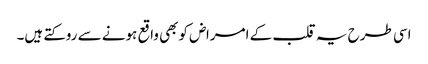
اسی طرح یہ قلب کے امراض کوبھی واقع ہونے سے روکتے ہیں۔